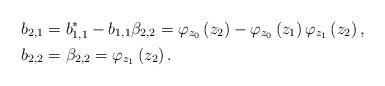
LaTeX: \begin{align*}b_{2,1} & =b_{1,1}^{\ast}-b_{1,1}\beta_{2,2}=\varphi_{z_{0}}\left(z_{2}\right) -\varphi_{z_{0}}\left( z_{1}\right) \varphi_{z_{1}}\left(z_{2}\right) ,\\b_{2,2} & =\beta_{2,2}=\varphi_{z_{1}}\left( z_{2}\right) .\end{align*}